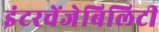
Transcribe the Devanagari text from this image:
इंटरचेंजेबिलिटी